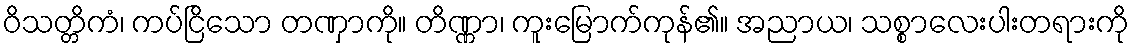
ဝိသတ္တိကံ၊ ကပ်ငြိသော တဏှာကို။ တိဏ္ဏာ၊ ကူးမြောက်ကုန်၏။ အညာယ၊ သစ္စာလေးပါးတရားကို